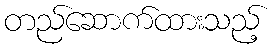
တည်ဆောက်ထားသည့်